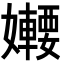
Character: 𡤆